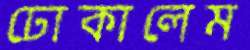
ঢোকালেম